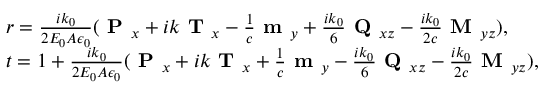
\begin{array} { r l } & { { r } = \frac { i k _ { 0 } } { 2 E _ { 0 } A \epsilon _ { 0 } } ( \textbf { P } _ { x } + i k \textbf { T } _ { x } - \frac { 1 } { c } \textbf { m } _ { y } + \frac { i k _ { 0 } } { 6 } \textbf { Q } _ { x z } - \frac { i k _ { 0 } } { 2 c } \textbf { M } _ { y z } ) , } \\ & { { t } = 1 + \frac { i k _ { 0 } } { 2 E _ { 0 } A \epsilon _ { 0 } } ( \textbf { P } _ { x } + i k \textbf { T } _ { x } + \frac { 1 } { c } \textbf { m } _ { y } - \frac { i k _ { 0 } } { 6 } \textbf { Q } _ { x z } - \frac { i k _ { 0 } } { 2 c } \textbf { M } _ { y z } ) , } \end{array}